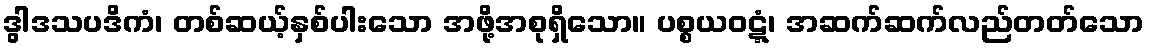
ဒွါဒသပဒိကံ၊ တစ်ဆယ့်နှစ်ပါးသော အဖို့အစုရှိသော။ ပစ္စယဝဋ္ဋံ၊ အဆက်ဆက်လည်တတ်သော